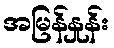
အမြန်နှုန်း